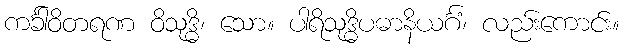
ကင်္ခါဝိတရဏ ဝိသုဒ္ဓိ၊ သော။ ပါရိသုဒ္ဓိပဓာနိယင်္ဂံ၊ လည်းကောင်း။